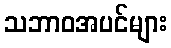
သဘာဝအပင်များ